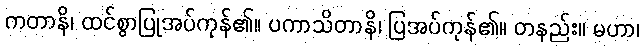
ကတာနိ၊ ထင်စွာပြုအပ်ကုန်၏။ ပကာသိတာနိ၊ ပြအပ်ကုန်၏။ တနည်း။ မဟာ၊